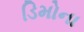
ડિમોના